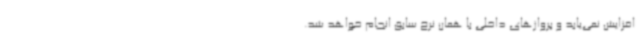
افزایش نمی‌یابد و پروازهای داخلی با همان نرخ سابق انجام خواهد شد.